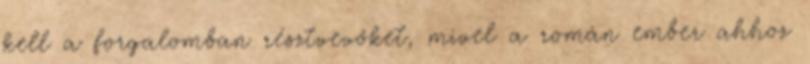
kell a forgalomban résztvevőket, mivel a román ember ahhoz